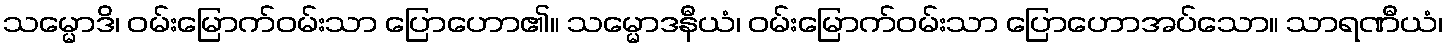
သမ္မောဒိ၊ ဝမ်းမြောက်ဝမ်းသာ ပြောဟော၏။ သမ္မောဒနီယံ၊ ဝမ်းမြောက်ဝမ်းသာ ပြောဟောအပ်သော။ သာရဏီယံ၊